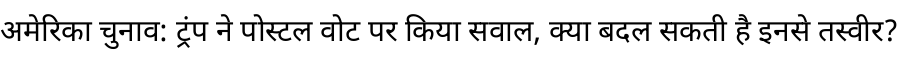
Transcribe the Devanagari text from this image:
अमेरिका चुनाव: ट्रंप ने पोस्टल वोट पर किया सवाल, क्या बदल सकती है इनसे तस्वीर?